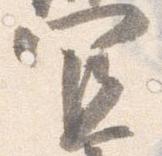
宜